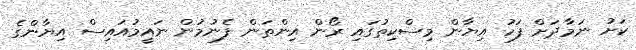
ކަށު ނަމާދަށް ފަހު އިޔާން މިސްކިތުގައި ރޯން އިންތަން ފެނުމުން ނައީމުއައިސް އިޔާންގެ